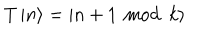
LaTeX: T \left| n \right\rangle = \left| n + 1 \, \bmod \, k \right\rangle